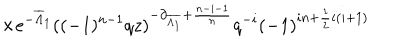
LaTeX: \hspace { 1 . 4 i n } \times e ^ { - \overline { { { \Lambda } } } _ { 1 } } ( ( - 1 ) ^ { n - 1 } q z ) ^ { - \partial _ { \overline { { { \Lambda _ { 1 } } } } } + \frac { n - i - 1 } { n } } q ^ { - i } ( - 1 ) ^ { i n + \frac { 1 } { 2 } i ( i + 1 ) }